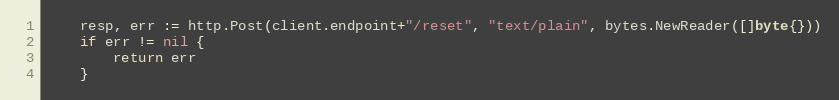
Language: Go
	resp, err := http.Post(client.endpoint+"/reset", "text/plain", bytes.NewReader([]byte{}))
	if err != nil {
		return err
	}